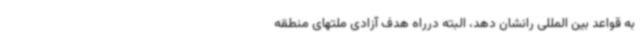
به قواعد بین المللی رانشان دهد، البته درراه هدف آزادی ملتهای منطقه